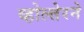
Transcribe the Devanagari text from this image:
व्होल्तेरने